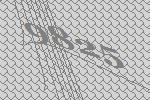
9825